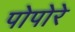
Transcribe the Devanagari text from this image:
पोपोरे